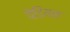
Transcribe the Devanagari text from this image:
पेडियन